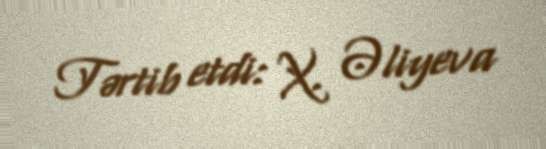
Tərtib etdi: X. Əliyeva